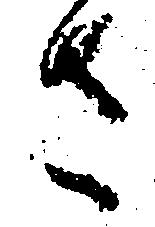
さ